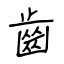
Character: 齒